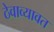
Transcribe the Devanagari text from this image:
ठेवाव्यावत